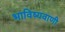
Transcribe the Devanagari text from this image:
भाविष्यवाणी